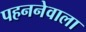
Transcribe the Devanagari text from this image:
पहननेवाला